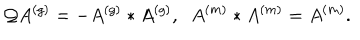
LaTeX: \mathcal { Q } A ^ { \left( g \right) } = - A ^ { \left( g \right) } \ast A ^ { \left( g \right) } , \; \; A ^ { \left( m \right) } \ast A ^ { \left( m \right) } = A ^ { \left( m \right) } .